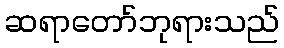
ဆရာတော်ဘုရားသည်